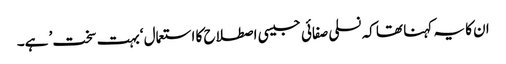
ان کا یہ کہنا تھا کہ نسلی صفائی جیسی اصطلاح کا استعمال ‘بہت سخت’ ہے۔